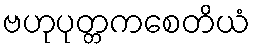
ဗဟုပုတ္တကစေတိယံ